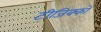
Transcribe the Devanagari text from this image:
टीजिक्को